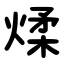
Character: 煣